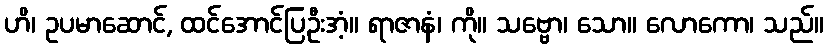
ဟိ၊ ဥပမာဆောင်, ထင်အောင်ပြဦးအံ့။ ရာဇာနံ၊ ကို။ သဗ္ဗော၊ သော။ လောကော၊ သည်။